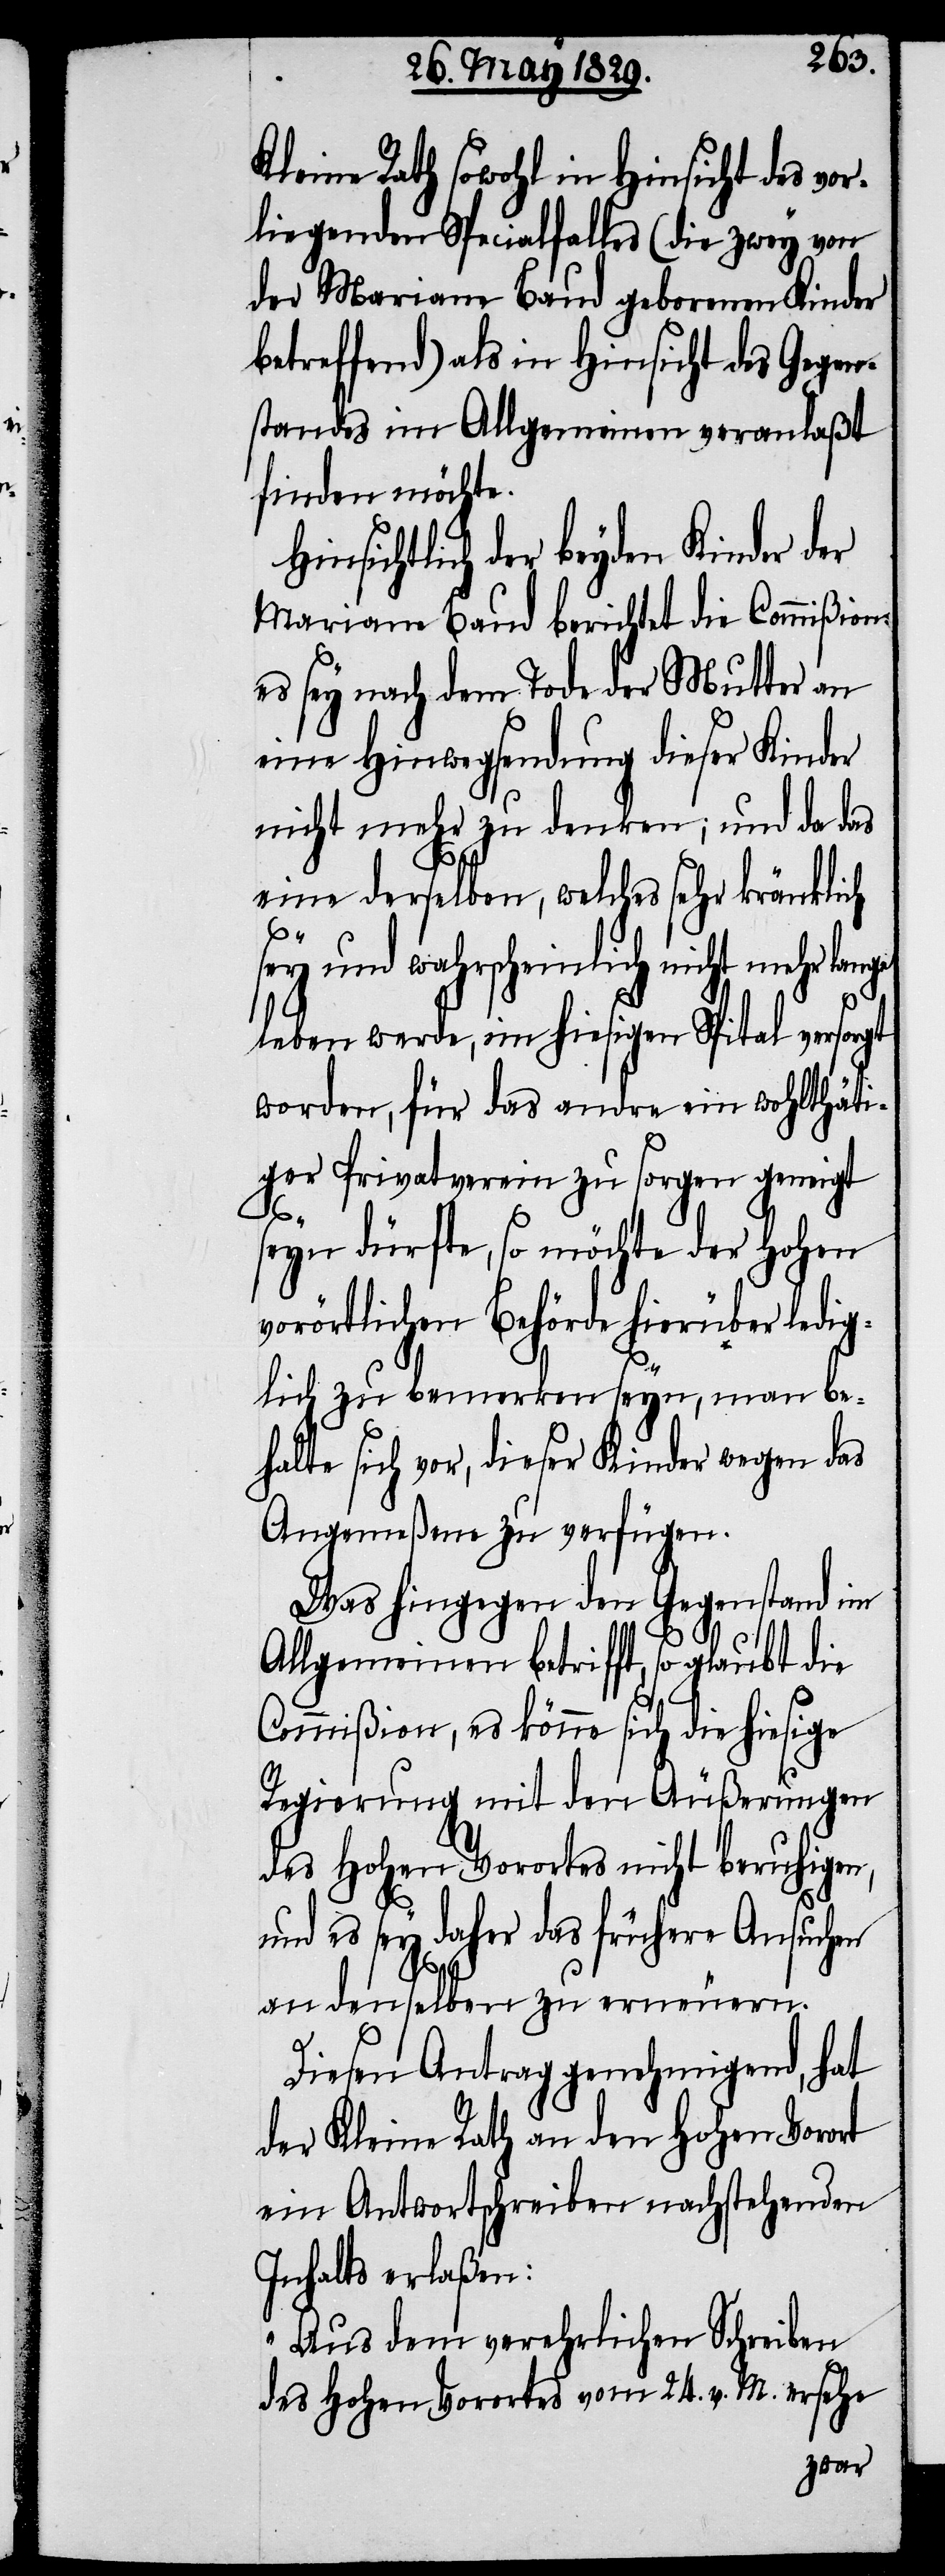
Kleine Rath sowohl in Hinsicht des vo¬
rliegenden Specialfalles (die zwey von
der Mariam Baud geborenen Kinder
betreffend) als in Hinsicht des Gegen¬
standes im Allgemeinen veranlaßt
finden möchte.
Hinsichtlich der beyden Kinder der
Mariam Baud berichtet die Commißion
es sey nach dem Tode der Mutter an
eine Hinwegsendung dieser Kinder
nicht mehr zu denken; und da das
eine derselben, welches sehr kränklich
sey und wahrscheinlich nicht mehr
leben werde, im hiesigen Spital versorgt
worden, für das andre ein wohlthäti¬
ger Privatverein zu sorgen geneigt
seyn dürfte, so möchte der Hohen
vorörtlichen Behörde hierüber ledig¬
lich zu bemerken seyn, man be¬
halte sich vor, dieser Kinder wegen das
Angemeßene zu verfügen.
Was hingegen den Gegenstand im
Allgemeinen betrifft, so glaubt die
Commißion, es könne sich die hiesige
Regierung mit den Äußerungen
des Hohen Vorortes nicht beruhigen,
und es sey daher das frühere Ansuchen
an denselben zu erneuern.
Diesen Antrag genehmigend, hat
der Kleine Rath an den Hohen Vorort
ein Antwortschreiben nachstehenden
Inhalts erlaßen:
„Aus dem verehrlichen Schreiben
des Hohen Vororts vom 24. v. M. ersehe